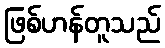
ဖြစ်ဟန်တူသည်